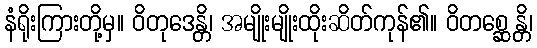
နံရိုးကြားတို့မှ။ ဝိတုဒေန္တိ၊ အမျိုးမျိုးထိုးဆိတ်ကုန်၏။ ဝိတစ္ဆေန္တိ၊